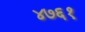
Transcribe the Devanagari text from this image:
४७६१